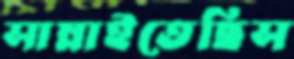
সাম্‌লাইতেছিস